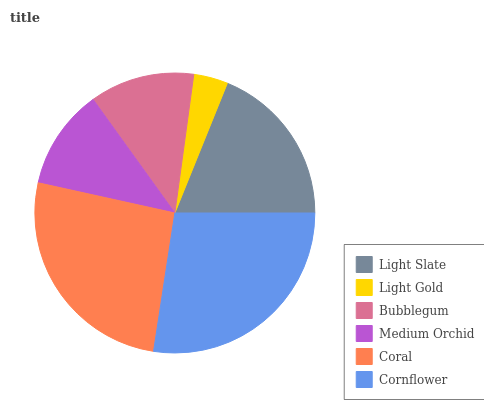
| Light Slate | Light Gold | Bubblegum | Medium Orchid | Coral | Cornflower |
 | --- | --- | --- | --- | --- | --- |
 | 18.9% | 3.94% | 12.1% | 11.6% | 26.1% | 27.4% |